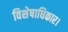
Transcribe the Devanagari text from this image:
विशेषाधिकार।